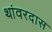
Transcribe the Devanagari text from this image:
थांवरदास